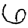
Digit: 6